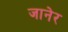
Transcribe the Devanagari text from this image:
जानेर